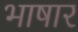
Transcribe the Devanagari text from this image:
भाषार